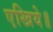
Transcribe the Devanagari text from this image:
एखिये॥